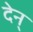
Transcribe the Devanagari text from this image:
देन्